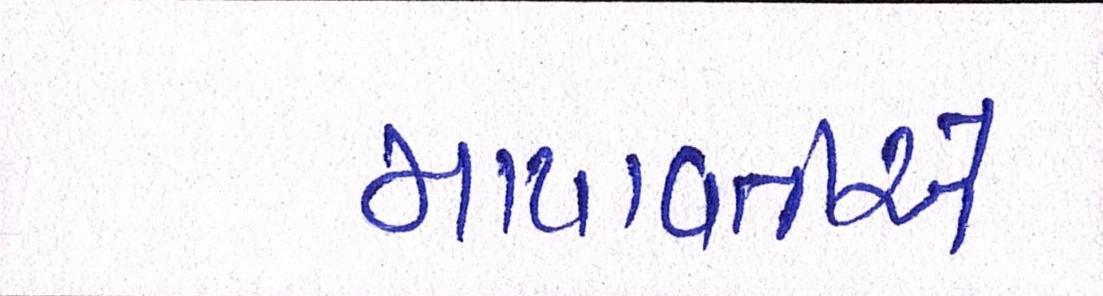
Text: માયાવતીએ